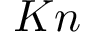
K n